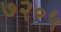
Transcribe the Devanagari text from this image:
७२०५